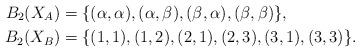
LaTeX: \begin{align*}B_2(X_A) & = \{ (\alpha,\alpha), (\alpha,\beta), (\beta,\alpha), (\beta,\beta) \}, \\B_2(X_B) & = \{ (1,1), (1,2),( 2,1), (2,3),(3,1), (3,3)\}.\end{align*}